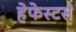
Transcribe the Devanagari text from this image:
हेफेस्टस